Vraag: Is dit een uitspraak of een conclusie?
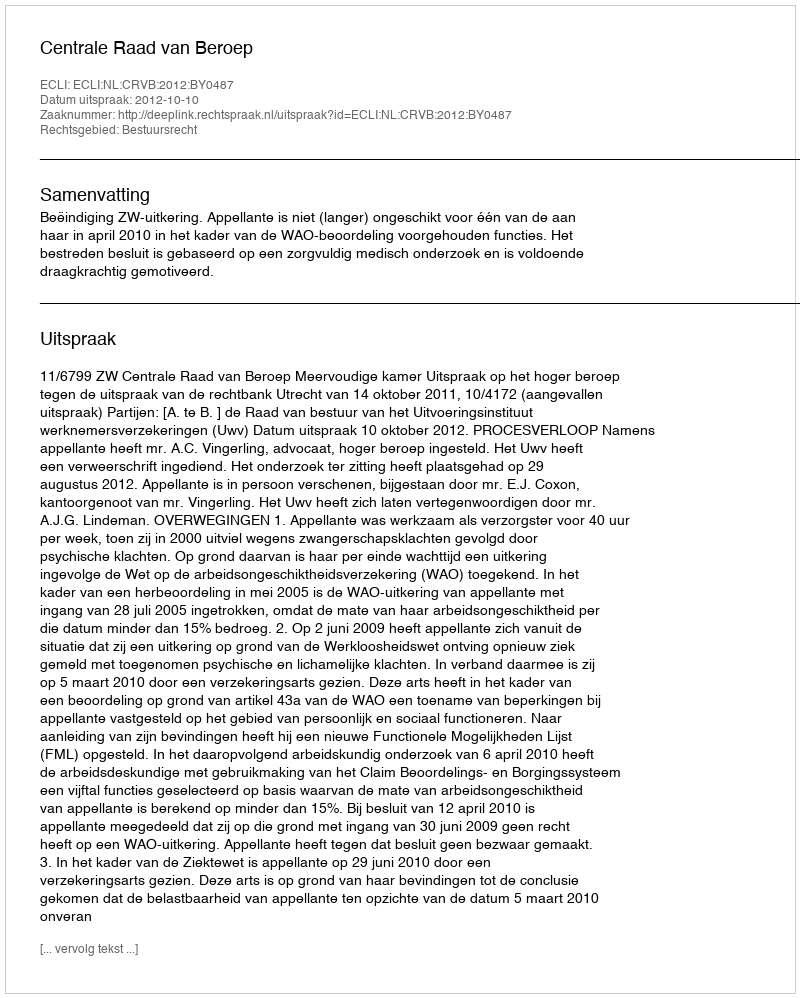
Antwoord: Uitspraak